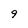
Character: 9